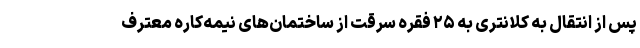
پس از انتقال به کلانتری به ۲۵ فقره سرقت از ساختمان‌های نیمه‌کاره معترف